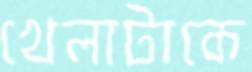
খেলাটাকে